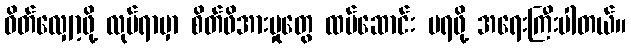
ဝိတ်လျှော့ဖို့ လုပ်ရာမှာ စိတ်ဖိအားမှုတွေ ထပ်ဆောင်း မရဖို့ အရေးကြီးပါတယ်။